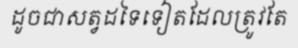
ដូចជាសត្វដទៃទៀតដែលត្រូវតែ